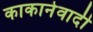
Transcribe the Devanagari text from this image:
काकानेवादी